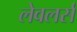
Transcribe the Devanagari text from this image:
लेवलर्स